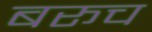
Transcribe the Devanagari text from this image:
बरूच